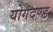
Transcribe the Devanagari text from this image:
योगदण्ड